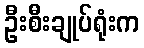
ဦးစီးချုပ်ရုံးက